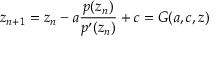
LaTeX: z _ { n + 1 } = z _ { n } - a { \frac { p ( z _ { n } ) } { p ^ { \prime } ( z _ { n } ) } } + c = G ( a , c , z )